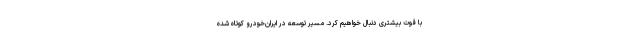
با قوت بیشتری دنبال خواهیم کرد. مسیر توسعه در ایران‌خودرو کوتاه شده